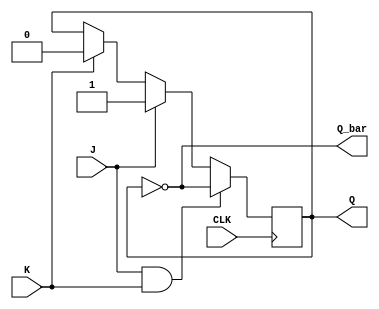
module jk_ff (
  input J, // input J
  input K, // input K
  input CLK, // input clock
  output reg Q, // output Q
  output reg Q_bar // output Q'
);

always @(posedge CLK) begin
  if (J && K) // when both J and K are high
    Q <= ~Q; // toggle Q
  else if (J) // when J is high
    Q <= 1; // set Q to high
  else if (K) // when K is high
    Q <= 0; // set Q to low
end

assign Q_bar = ~Q; // Q' is the inverse of Q

endmodule